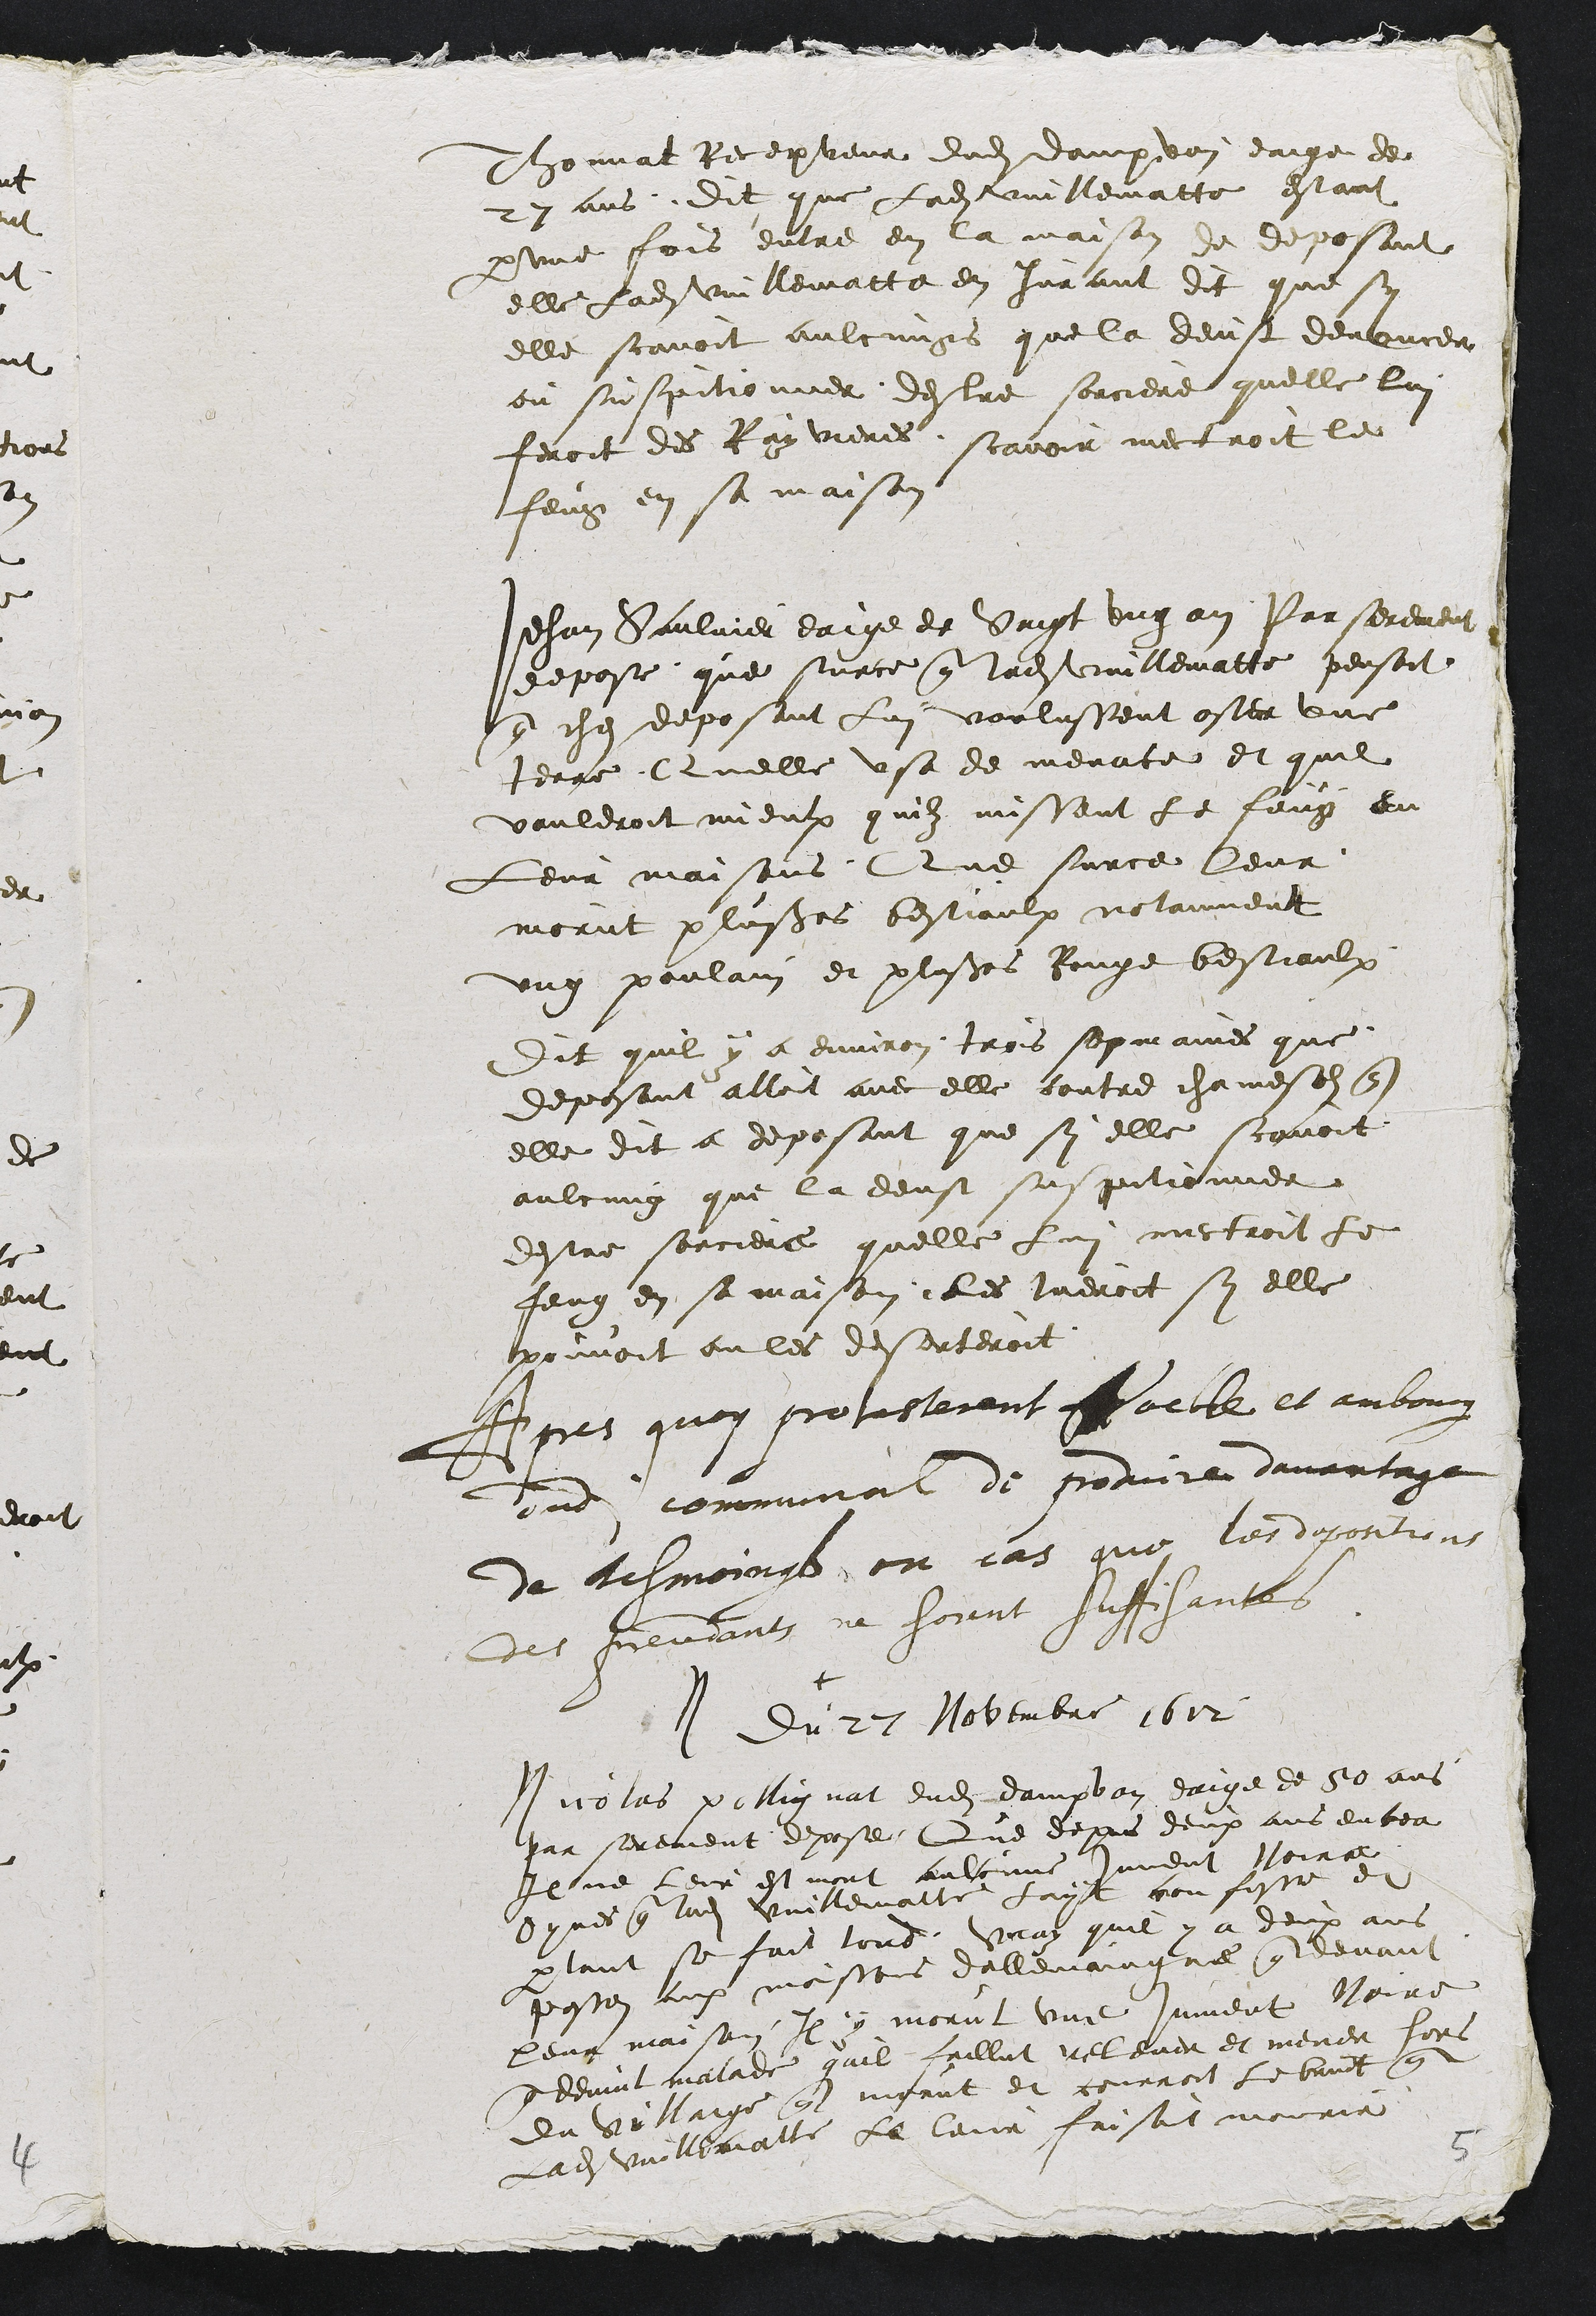
Thonnat Recepveur dudit dampvan eaige de
27 ans dit que Ladite Vuillematte estant
par une fois entre en la maison de deposant
elle ladite Vuillematte en jurant dit que sy
elle scavoit aulcungs que la deust denoncer
ou suspitionner destre sorciere quelle lui
feroit des Rayvieres, scavoir mectroit le
feug en sa maison
Jehan Saulnier eaige de Vingt ung an par serement
depose que surce que ladite Vuillematte pensoit
que chez deposant lui voulussent oster une
terre Quelle usa de menace et quil
vauldroit mieulx quilz missent le feug en
leur maisons, Que surce leur
morut plusieurs bestiaulx notanment
ung poulain et plusieurs Rouge bestiaulx
Dit quil y a environ trois sepmaines que
deposant alloit avec elle contre chamesolz que
elle dit a deposant que sy elle scavoit
aulcung que la deust suspitionner
destre sorciere quelle lui mectroit le
feug en sa maison les tueroit sy elle
pouvoit ou les deserteroit
Apres quoy protesterent Voeble et ambourg
dudit communal de produire davantage
de tesmoings, en cas que les depositions
des precedants ne soient suffisantes
+
Du 27 Novembre 1612
Nicolas pollignat dudit dampvan eaige de 50 ans
par serement depose Que depuis deux ans encea
Il ne leur est mort aulcune jument Noirat
Oyres que ladite Vuillematte layt confesse et
partant se fait tord, vray quil y a deux ans
passez aux moissons dallemaingne que devant
leur maison Il y morut une jument Noire
que devint malade quil faillut relever et mener hors
du villaige que morut et courroit le bruit que
Ladite Vuillematte la leur faisoit mourir
5